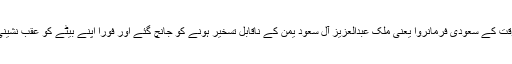
لیکن بہت جلد اس وقت کے سعودی فرمانروا یعنی ملک عبدالعزیز آل سعود یمن کے ناقابل تسخیر ہونے کو جانچ گئے اور فورا اپنے بیٹے کو عقب نشینی کا پیغام بھجوا دیا۔